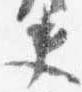
夫